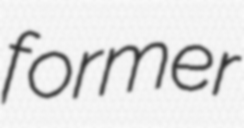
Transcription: former